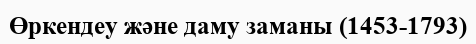
Өркендеу және даму заманы (1453-1793)